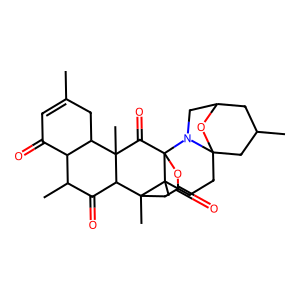
SMILES: CC1=CC(=O)C2C(C)C(=O)C3C(C)(C(=O)C45OC(=O)CC3(C)C4(C)CCC34CC(C)CC(CN35)O4)C2C1
Inhibits HIV replication: No